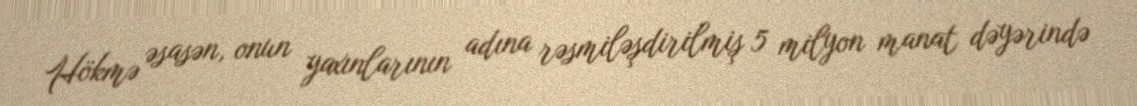
Hökmə əsasən, onun yaxınlarının adına rəsmiləşdirilmiş 5 milyon manat dəyərində